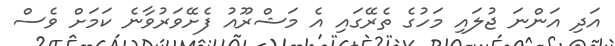
އަދި އަންނަ ޖުލައި މަހުގެ ތެރޭގައި އެ މަޝްރޫއު ފެށޭވަރުވާނެ ކަމަށް ވެސް